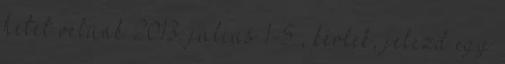
hetet velünk 2013. július 1-5 , kérlek, jelezd egy